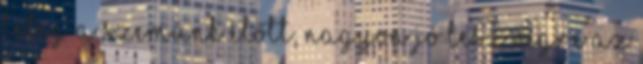
lebeg a szemünk előtt, nagyon jó lesz végre az